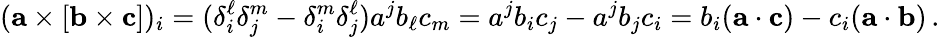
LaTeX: (\mathbf{a}\times[\mathbf{b}\times\mathbf{c}])_{i}=(\delta_{i}^{\ell}\delta_{j}^{m}-\delta_{i}^{m}\delta_{j}^{\ell})a^{j}b_{\ell}c_{m}=a^{j}b_{i}c_{j}-a^{j}b_{j}c_{i}=b_{i}(\mathbf{a}\cdot\mathbf{c})-c_{i}(\mathbf{a}\cdot\mathbf{b})\, .